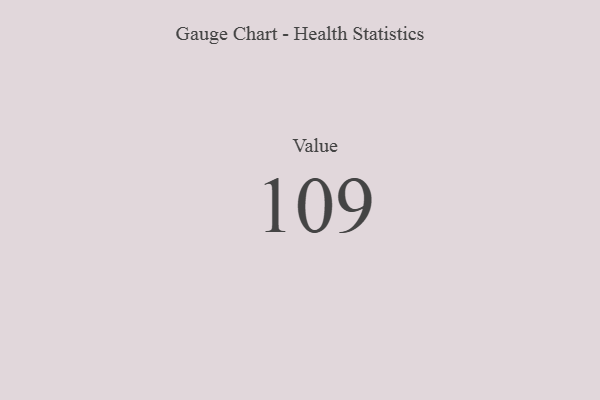
{"axis": {"x": "Metric", "y": "Value"}, "legend": [""], "data": [{"x": "Value", "y": 109, "type": ""}]}